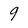
Character: 9